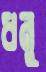
ধনু